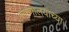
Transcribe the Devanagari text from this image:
रूग्णालयाच्या